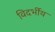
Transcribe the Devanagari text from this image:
विदर्भीय